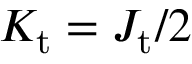
K _ { \mathrm { t } } = J _ { \mathrm { t } } / 2